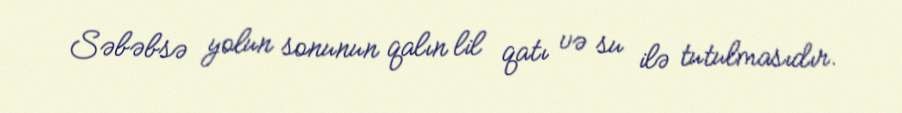
Səbəbsə yolun sonunun qalın lil qatı və su ilə tutulmasıdır.